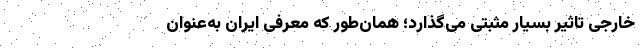
خارجی تاثیر بسیار مثبتی می‌گذارد؛ همان‌طور که معرفی ایران به‌عنوان